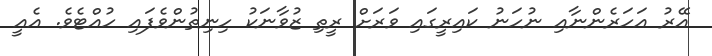
އޭރު އަހަރެންނާއި ނުހަނު ކައިރީގައި ވަރަށް ރީތި ޒުވާނަކު ހިނިތުންވެފައި ހުއްޓެވެ. އެއީ